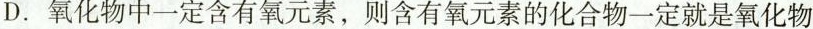
D.氧化物中一定含有氧元素，则含有氧元素的化合物一定就是氧化物